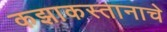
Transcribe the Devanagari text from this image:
कझाकस्तानाचे